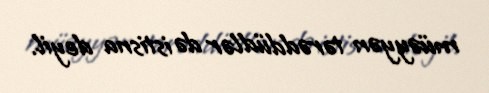
müəyyən tərəddüdlər də istisna deyil.